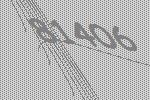
81406